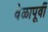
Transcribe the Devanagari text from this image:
वेळापूर्वी